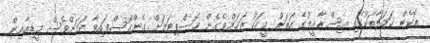
ރޮކެޓް ހަމަލާތަކުގައި އިސްރާއީލުގެ ހަތަރު މީހަކު ޒަޚަމްވެގެން ހޮސްޕިޓަލަށް ގެންގޮސްފައިވާ ކަމަށްވެސް މީޑިއާއިން